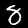
Digit: 8